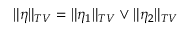
\| \eta \| _ { T V } = \| \eta _ { 1 } \| _ { T V } \vee \| \eta _ { 2 } \| _ { T V }